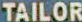
TAILOR